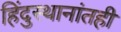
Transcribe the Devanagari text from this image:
हिंदुस्थानांतही